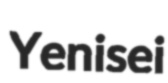
Yenisei